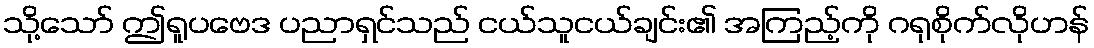
သို့သော် ဤရူပဗေဒ ပညာရှင်သည် ငယ်သူငယ်ချင်း၏ အကြည့်ကို ဂရုစိုက်လိုဟန်